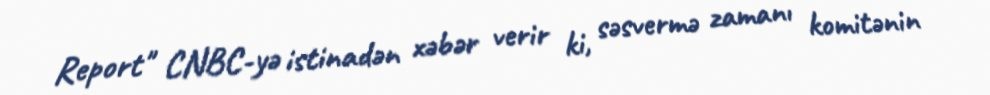
Report" CNBC-yə istinadən xəbər verir ki, səsvermə zamanı komitənin